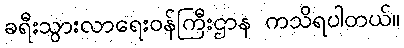
ခရီးသွားလာရေးဝန်ကြီးဌာန ကသိရပါတယ်။